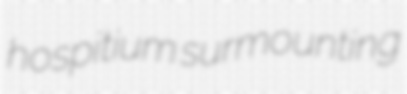
hospitium surmounting